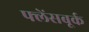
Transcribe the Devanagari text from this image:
फ्लेंसबूर्क